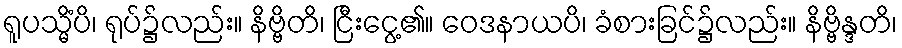
ရူပသ္မိံပိ၊ ရုပ်၌လည်း။ နိဗ္ဗိတိ၊ ငြီးငွေ့၏။ ဝေဒနာယပိ၊ ခံစားခြင်၌လည်း။ နိဗ္ဗိန္ဒတိ၊